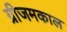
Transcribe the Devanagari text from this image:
ग्रीजमकाल